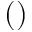
( )